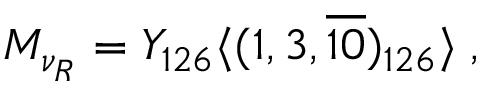
M _ { \nu _ { R } } = Y _ { 1 2 6 } \langle ( 1 , 3 , \overline { { { 1 0 } } } ) _ { 1 2 6 } \rangle \; ,